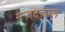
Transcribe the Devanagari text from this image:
मज़टज़ाल